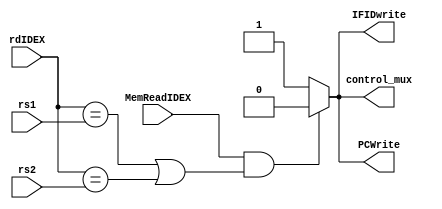
`timescale 1ns / 1ps
//////////////////////////////////////////////////////////////////////////////////
// Company: 
// Engineer: 
// 
// Design Name: 
// Module Name: Hazard_detection_unit
// Project Name: 
// Target Devices: 
// Tool Versions: 
// Description: 
// 
// Dependencies: 
// 
// Revision:
// Revision 0.01 - File Created
// Additional Comments:
// 
//////////////////////////////////////////////////////////////////////////////////


module Hazard_detection_unit(
    input [4:0] rdIDEX, rs1, rs2,
    input MemReadIDEX,
    output reg IFIDwrite, PCWrite, control_mux
    );
    always @(*)
    begin
      if ((MemReadIDEX==1) && ((rdIDEX == rs1) || (rdIDEX == rs2)))
        begin
          PCWrite = 0;
          IFIDwrite = 0;
          control_mux = 0;
        end
      else
        begin
          PCWrite =1;
          IFIDwrite = 1;
          control_mux = 1;
        end
    end
endmodule